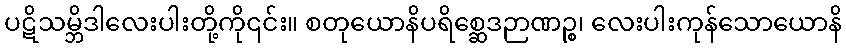
ပဋိသမ္ဘိဒါလေးပါးတို့ကို၎င်း။ စတုယောနိပရိစ္ဆေဒဉာဏဉ္စ၊ လေးပါးကုန်သောယောနိ